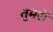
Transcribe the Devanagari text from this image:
तुमसें